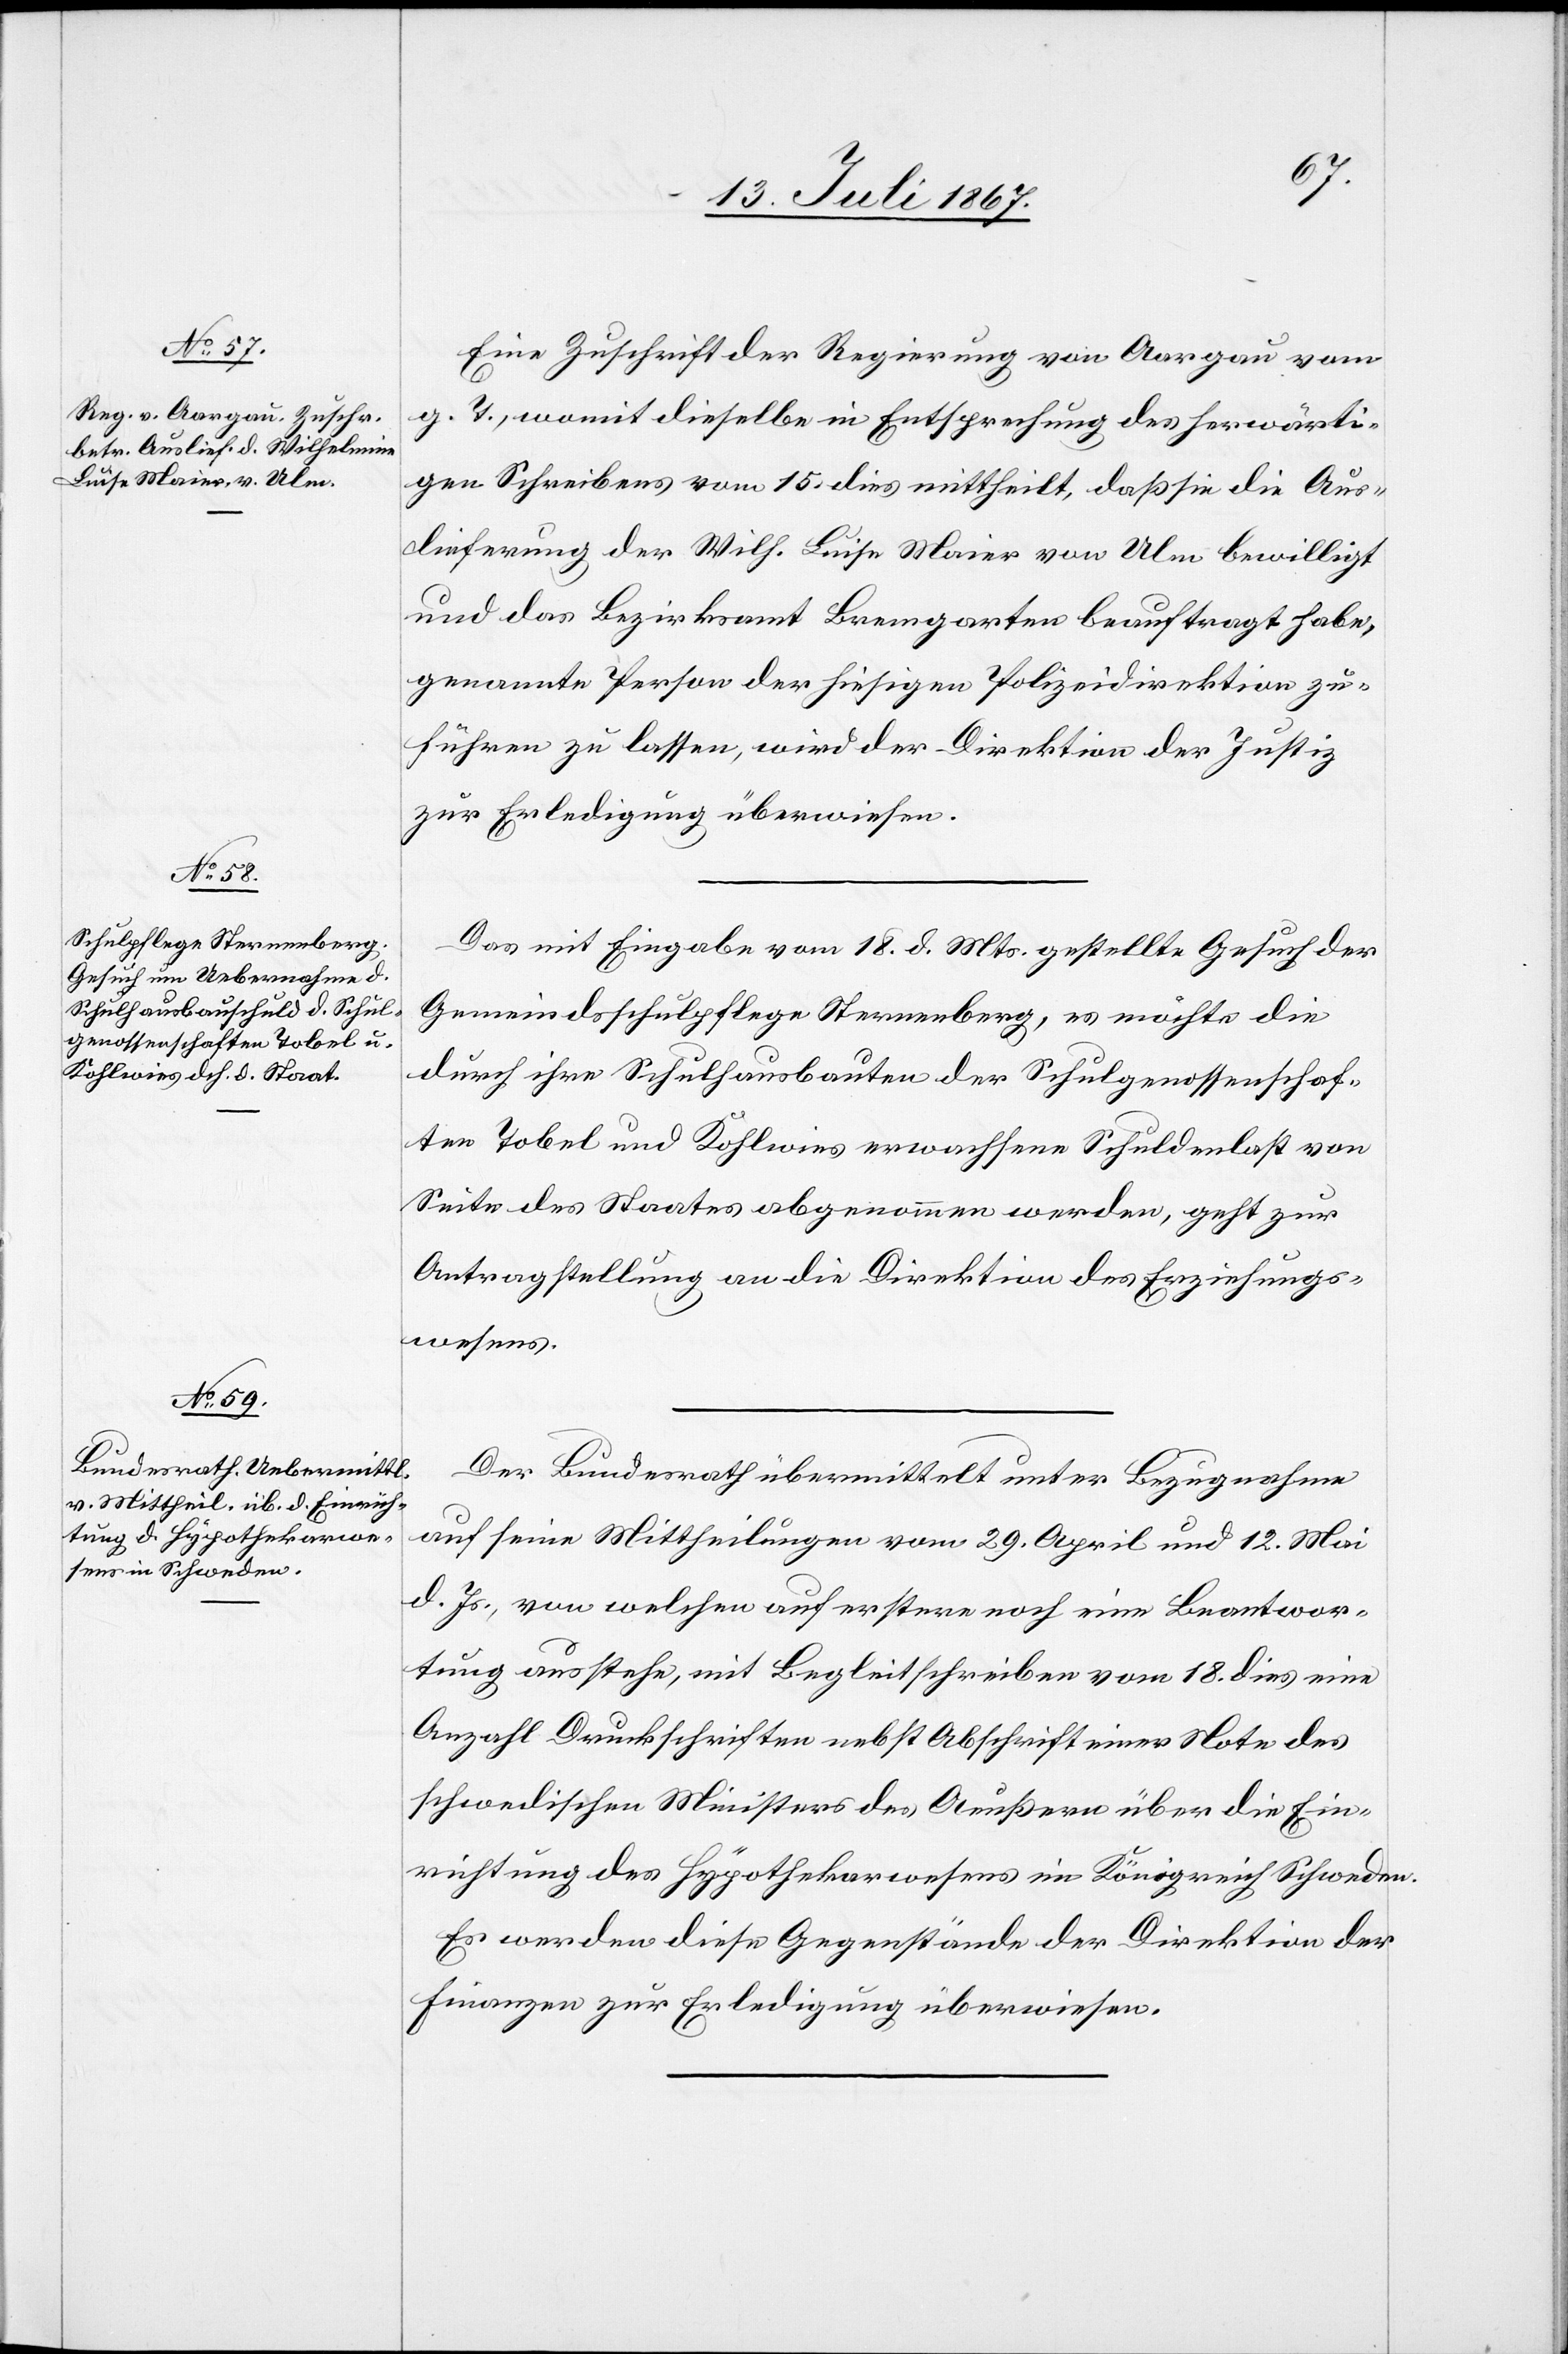
20. Juli 1867.]
Eine Zuschrift der Regierung von Aargau vom
g. T., womit dieselbe in Entsprechung des herwärti¬
gen Schreibens vom 15. dies mittheilt, daß sie die Aus¬
lieferung der Wilh. Luisa Maier von Ulm bewilligt
und das Bezirksamt Bremgarten beauftragt habe,
genannte Person der hiesigen Polizeidirektion zu¬
führen zu lassen, wird der Direktion der Justiz
zur Erledigung überwiesen.
Das mit Eingabe vom 18. d. Mts. gestellte Gesuch der
Gemeindsschulpflege Sternenberg, es möchte die
durch ihre Schulhausbauten den Schulgenossenschaf¬
ten Tobel und Kohlwies erwachsene Schuldenlast von
Seite des Staates abgenommen werden, geht zur
Antragstellung an die Direktion der Erziehungs¬
wesens.
Der Bundesrath übermittelt unter Bezugnahme
auf seine Mittheilungen vom 29. April und 12. Mai
d. Js., von welchen auf erstere noch eine Beantwor¬
tung ausstehe, mit Begleitschreiben vom 18. dies eine
Anzahl Druckschriften nebst Abschrift einer Note des
schwedischen Ministers des Aeußern über die Ein¬
richtung des Hypothekarwesens im Königreich Schweden.
Es werden diese Gegenstände der Direktion der
Finanzen zur Erledigung überwiesen.